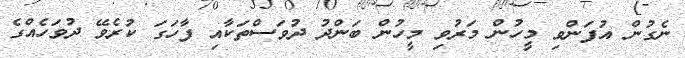
ނެގުން އުފަންވި މީހުން މަރުވި މީހުން ބަންދު ދުވަސްތަކާއި ފާހަގަ ކުރެވޭ ދުވަހެއްގެ